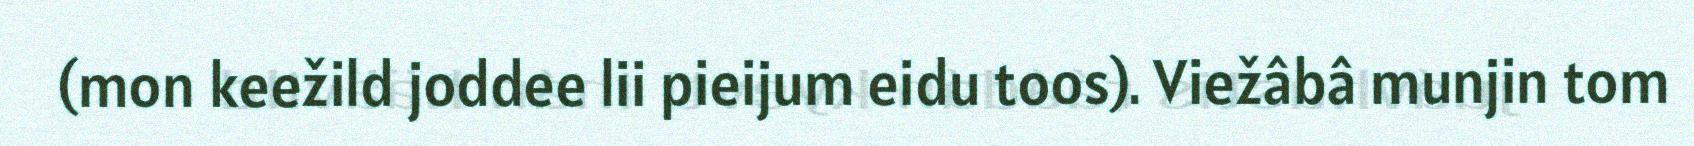
(mon keežild joddee lii pieijum eidu toos). Viežâbâ munjin tom